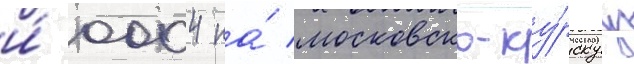
и́ 0004 на́ московско-ку́рскуу